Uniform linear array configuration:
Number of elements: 24
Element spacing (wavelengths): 0.75
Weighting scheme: exponential
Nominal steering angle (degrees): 60
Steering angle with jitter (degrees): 60.761
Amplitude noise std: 0.05
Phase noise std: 0.05

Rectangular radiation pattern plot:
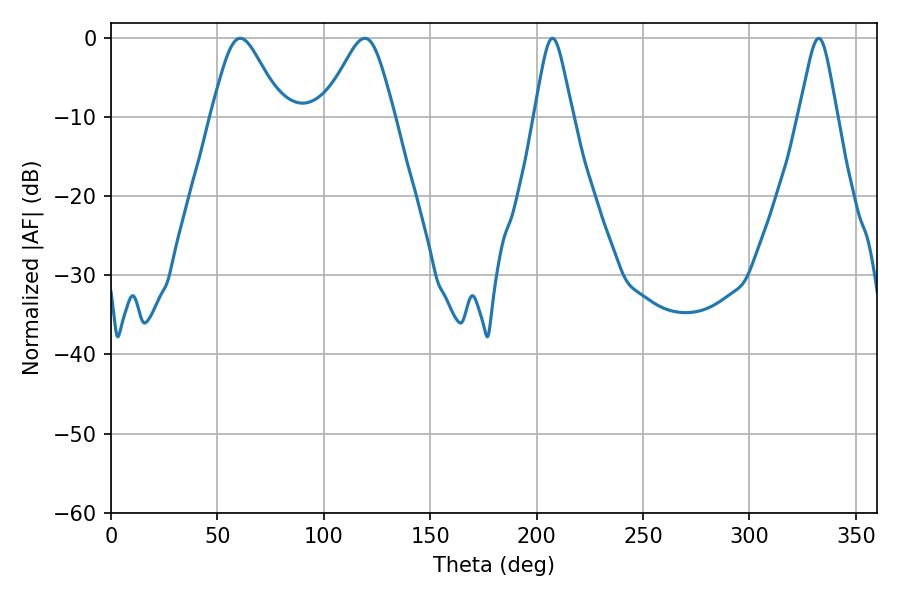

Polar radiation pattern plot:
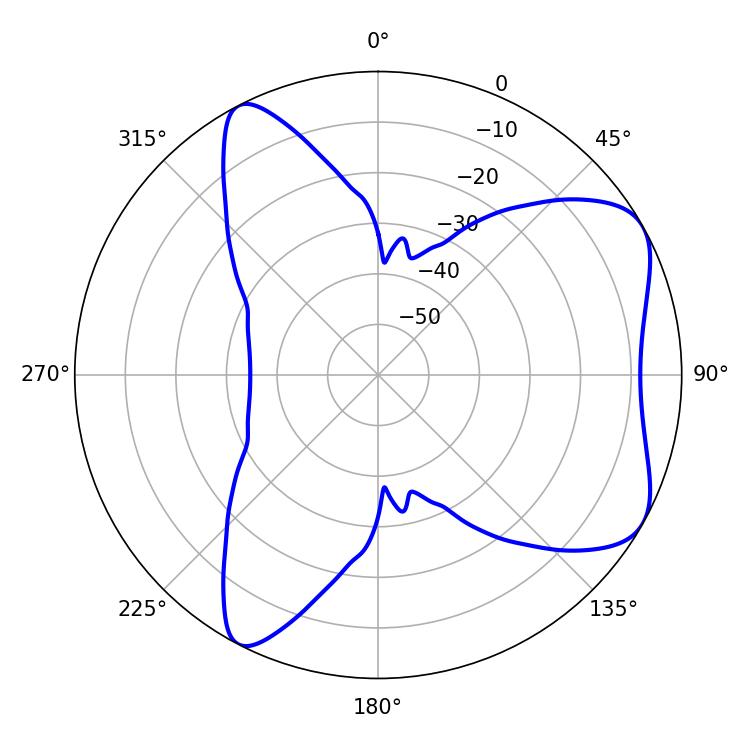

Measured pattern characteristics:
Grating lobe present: TRUE
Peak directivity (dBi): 6.395
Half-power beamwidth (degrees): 16.38
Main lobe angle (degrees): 60.66